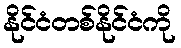
နိုင်ငံတစ်နိုင်ငံကို